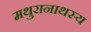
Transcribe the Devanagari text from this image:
मथुरानाथस्य